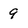
Character: 9